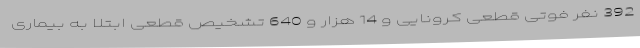
392 نفر فوتی قطعی کرونایی و 14 هزار و 640 تشخیص قطعی ابتلا به بیماری